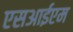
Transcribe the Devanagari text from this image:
एसआईएम